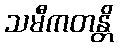
သမီကတန္တိ